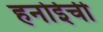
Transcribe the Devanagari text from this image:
हनोईची